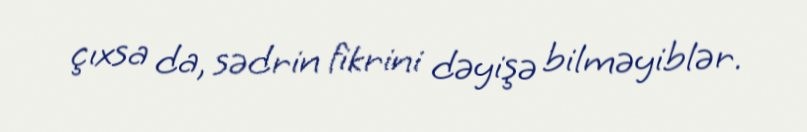
çıxsa da, sədrin fikrini dəyişə bilməyiblər.